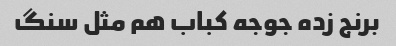
برنج زده جوجه کباب هم مثل سنگ